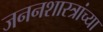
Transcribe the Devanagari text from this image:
जननशास्त्रांच्या